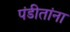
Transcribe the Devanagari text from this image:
पंडीतांना